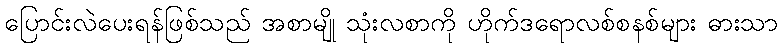
ပြောင်းလဲပေးရန်ဖြစ်သည် အစာမျို သုံးလစာကို ဟိုက်ဒရောလစ်စနစ်များ ဓားသာ